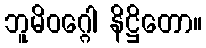
ဘူမိဝဂ္ဂေါ နိဋ္ဌိတော။